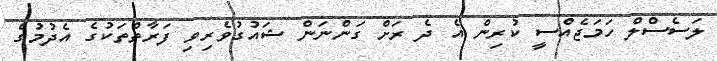
ލަސެސްލް ހަމަޖެއްސީ ކުރިން އެ ދެ ރަށް ގަންނަން ޝައުގުވެރިވި ފަރާތްތަކުގެ އެދުމުގެ